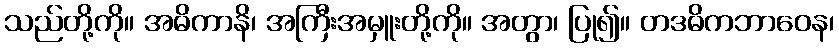
သည်တို့ကို။ အဓိကာနိ၊ အကြီးအမှူးတို့ကို။ အတွာ၊ ပြု၍။ တဒဓိကဘာဝေန၊